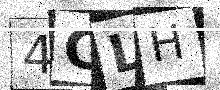
Text: 4CLH